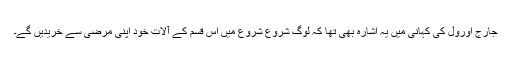
جارج اوروِل کی کہانی میں یہ اشارہ بھی تھا کہ لوگ شروع شروع میں اس قسم کے آلات خود اپنی مرضی سے خریدیں گے۔